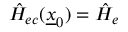
\hat { H } _ { e c } ( \underline { { x } } _ { 0 } ) = \hat { H } _ { e }